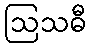
ဩသဓီ